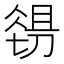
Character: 𱏉